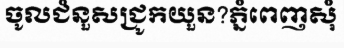
ចូលជំនួសជ្រូកយួន?ភ្នំពេញសុំ